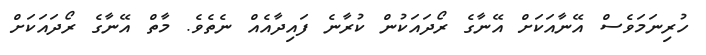
ހުރިނަމަވެސް އޭނާއަކަށް އޭނާގެ ރޯދައަކުން ކުރާނެ ފައިދާއެއް ނެތެވެ. މާތް އޭނާގެ ރޯދައަކަށް